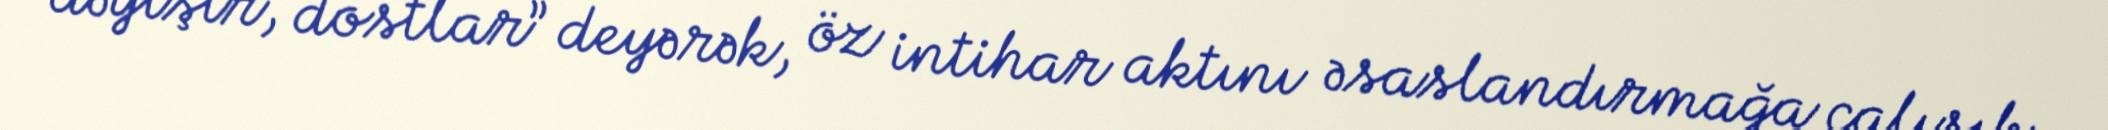
dəyişir, dostlar” deyərək, öz intihar aktını əsaslandırmağa çalışıb.